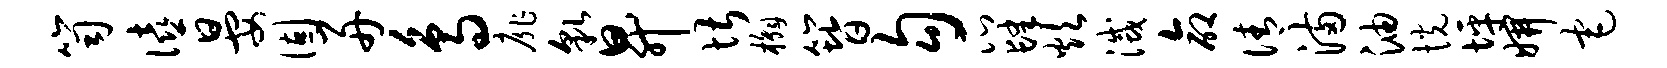
笥僖晏固舟鸟扉貌升堪槲簪勾瓜肆炊灭命倩满油恍坪妍宅